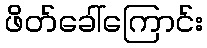
ဖိတ်ခေါ်ကြောင်း